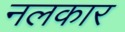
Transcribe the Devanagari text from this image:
नलकार